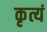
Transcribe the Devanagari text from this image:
कृत्यं